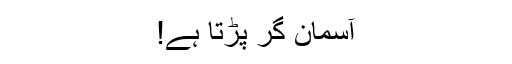
آسمان گر پڑتا ہے!